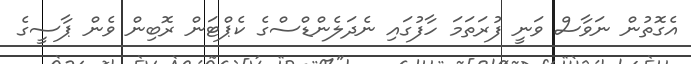
އެގޮތުން ނަވާސް ވަނީ ފުރަތަމަ ހާފުގައި ނެދަލެންޑްސްގެ ކެޕްޓަން ރޮބިން ވެން ޕާސީގެ